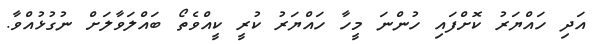
އަދި ހައްޔަރު ކޮށްފައި ހުންނަ މީހާ ހައްޔަރު ކުރީ ކީއްވެތޯ ބައްލަވާލަށް ނުގުޅުއްވާ.